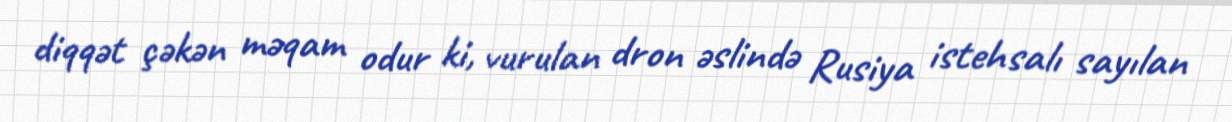
diqqət çəkən məqam odur ki, vurulan dron əslində Rusiya istehsalı sayılan